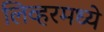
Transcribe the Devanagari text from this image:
लिव्हरमध्ये